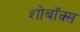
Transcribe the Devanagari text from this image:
शोबॉक्स